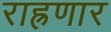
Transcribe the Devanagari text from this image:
राह्रणार